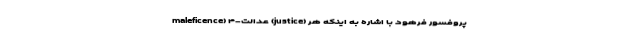
maleficence) ۴-عدالت (justice) پروفسور فرهود با اشاره به اینکه هر